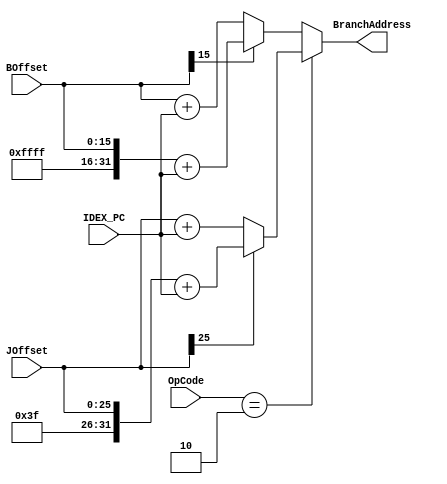
module jumpadd(BranchAddress, JOffset, BOffset, OpCode, IDEX_PC);

   output  [31:0] BranchAddress;
   reg [31:0]     BranchAddress;
   input [25:0]   JOffset;
   input [31:0]   IDEX_PC;
   input [15:0]   BOffset;
   input [5:0]    OpCode;
   
   
   always @ (JOffset or BOffset or IDEX_PC or OpCode)
     if(OpCode == 2)
       if(JOffset[25] == 1)
         BranchAddress = {6'b111111,JOffset} + IDEX_PC;
       else
         BranchAddress = {6'b0000,JOffset} + IDEX_PC;
     else
       if(BOffset[15] == 1)
         BranchAddress = {16'hffff,BOffset} + IDEX_PC;
       else
         BranchAddress = {16'h0000,BOffset} + IDEX_PC;
endmodule